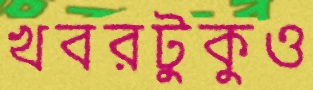
খবরটুকুও